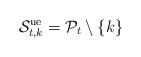
LaTeX: \begin{align*}{{\cal S}}_{t,k}^{\rm ue} = {\cal P}_{t} \setminus \{k\}\end{align*}